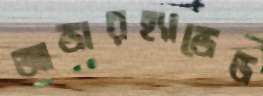
আন্ডারহ্যান্ডেড